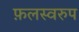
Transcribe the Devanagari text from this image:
फ़लस्वरुप